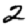
Digit: 2